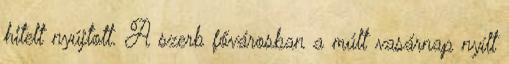
hitelt nyújtott. A szerb fővárosban a múlt vasárnap nyílt